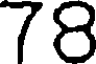
78